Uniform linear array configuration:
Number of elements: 64
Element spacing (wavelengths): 1
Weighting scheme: uniform
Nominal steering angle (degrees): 30
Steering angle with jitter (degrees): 29.642
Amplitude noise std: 0.05
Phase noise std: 0.05

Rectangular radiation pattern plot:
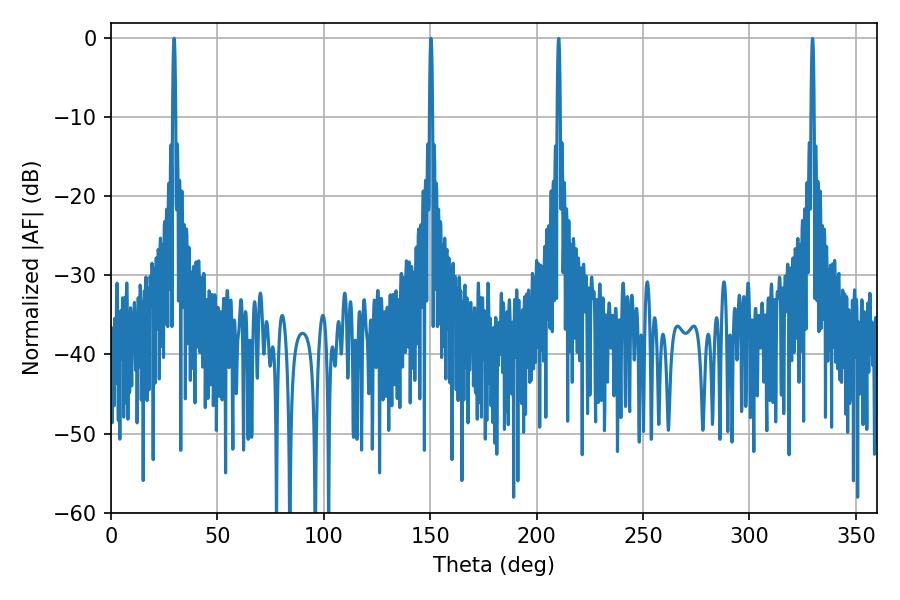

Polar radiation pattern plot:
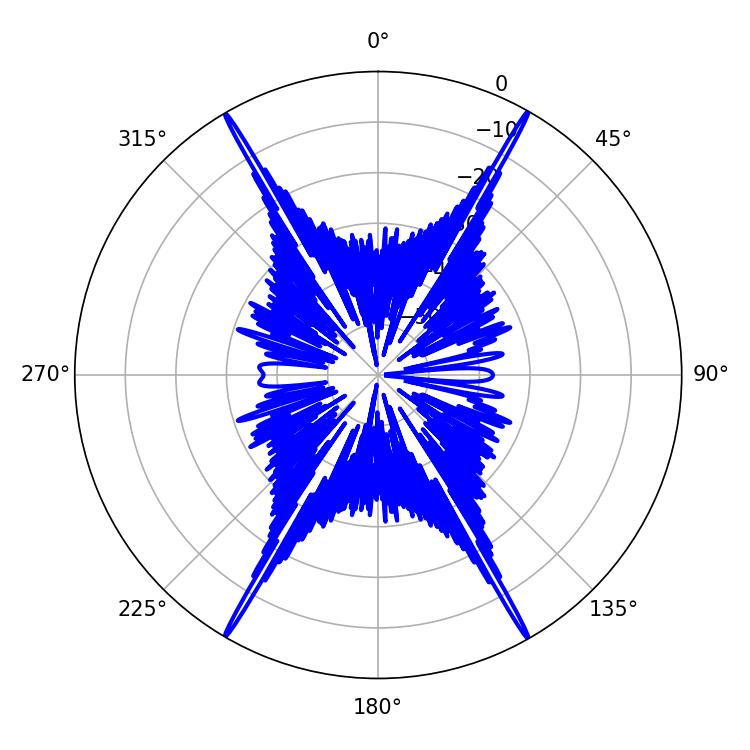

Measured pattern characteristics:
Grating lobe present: TRUE
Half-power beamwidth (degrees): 0.72
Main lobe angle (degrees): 150.3